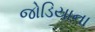
જોડિયાના